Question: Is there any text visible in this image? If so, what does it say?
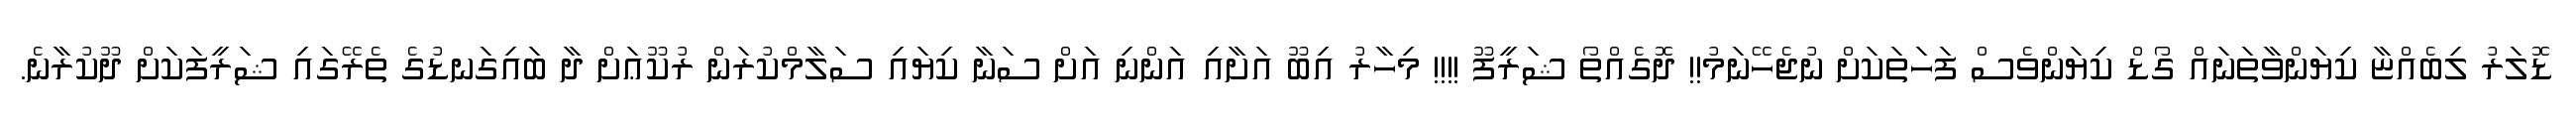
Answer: ޑޮލަރު ލިބެއްޏާ ކިޔަންވާތަނައް ގޯޑް ކިޔަންވެސް ފަހަތަކަށް ނުޖެހޭނަމު!! ދޮގެއްތޯ ޝަރީފޫ !!!! މިހާރު އިބޫ އަށާއި އަންނި އަށް ސަނާ ކިޔައި ސަލާމްކުރަން ރުކޫޢަށް ދާ ބައިގަނޑުގެ ތެރޭގައި ޝަރީފަކަށް ދޫކުރާނެ.